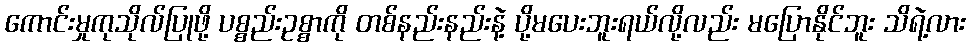
ကောင်းမှုကုသိုလ်ပြုဖို့ ပစ္စည်းဥစ္စာကို တစ်နည်းနည်းနဲ့ ပို့မပေးဘူးရယ်လို့လည်း မပြောနိုင်ဘူး သိရဲ့လား